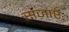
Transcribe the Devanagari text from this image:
सज़ाएॅ